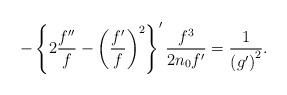
LaTeX: \begin{align*}-\left\{ 2\frac{f^{\prime \prime }}{f}-\left( \frac{f^{\prime }}{f}\right)^{2}\right\} ^{\prime }\frac{f^{3}}{2n_{0}f^{\prime }}=\frac{1}{\left(g^{\prime }\right) ^{2}}. \end{align*}